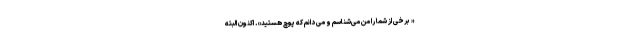
« برخی از شما را من می‌شناسم و می دانم که پوچ هستید». اکنون البته